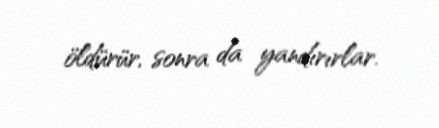
öldürür, sonra da yandırırlar.